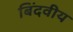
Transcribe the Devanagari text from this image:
बिंदवीय